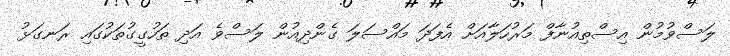
ލަސްވުމުން އިސްތިއުނާފް މަރުހަލާއަށް އެފަދަ މައްސަލަ ގެންދިއުން ލަސްވެ އަދިި ތަހުގީގުތަކުގައި ރަނގަޅު